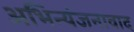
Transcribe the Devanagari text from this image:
अभिन्यंजनावाद